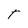
Character: t